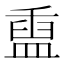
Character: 𬐬